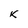
Character: k